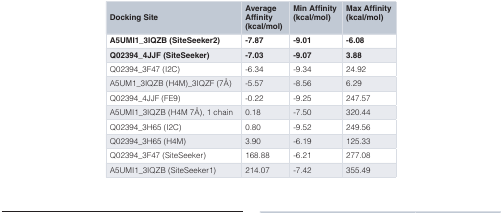
<table><thead><tr><td><b>Docking Site</b></td><td><b>AverageAffinity(kcal/mol)</b></td><td><b>Min Affinity(kcal/mol)</b></td><td><b>Max Affinity(kcal/mol)</b></td></tr></thead><tbody><tr><td><b>A5UMI1_3IQZB (SiteSeeker2)</b></td><td><b>-7.87</b></td><td><b>-9.01</b></td><td><b>-6.08</b></td></tr><tr><td><b>Q02394_4JJF (SiteSeeker)</b></td><td><b>-7.03</b></td><td><b>-9.07</b></td><td><b>3.88</b></td></tr><tr><td>Q02394_3F47 (I2C)</td><td>-6.34</td><td>-9.34</td><td>24.92</td></tr><tr><td>A5UM1_3IQZB (H4M)_3IQZF (7Å)</td><td>-5.57</td><td>-8.56</td><td>6.29</td></tr><tr><td>Q02394_4JJF (FE9)</td><td>-0.22</td><td>-9.25</td><td>247.57</td></tr><tr><td>A5UMI1_3IQZB (H4M 7Å), 1 chain</td><td>0.18</td><td>-7.50</td><td>320.44</td></tr><tr><td>Q02394_3H65 (I2C)</td><td>0.80</td><td>-9.52</td><td>249.56</td></tr><tr><td>Q02394_3H65 (H4M)</td><td>3.90</td><td>-6.19</td><td>125.33</td></tr><tr><td>Q02394_3F47 (SiteSeeker)</td><td>168.88</td><td>-6.21</td><td>277.08</td></tr><tr><td>A5UMI1_3IQZB (SiteSeeker1)</td><td>214.07</td><td>-7.42</td><td>355.49</td></tr></tbody></table>